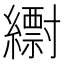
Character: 𦆝